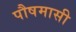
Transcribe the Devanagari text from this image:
पौषमासी